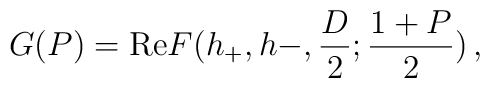
G(P) = \mathrm{Re} F(h_+, h-, \frac D2; \frac{1+P}{2})\,,